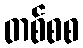
တစ်စစ